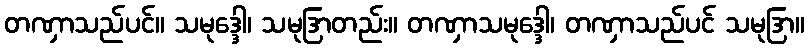
တဏှာသည်ပင်။ သမုဒ္ဒေါ၊ သမုဒြာတည်း။ တဏှာသမုဒ္ဒေါ၊ တဏှာသည်ပင် သမုဒြာ။